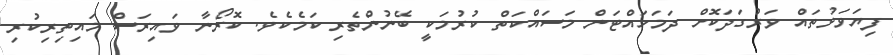
ފިޔަވަޅުތައް ވަރުގަދަކޮށް ދަމަހައްޓަން މަސައްކަތް ކުރުމަކީ ބޭނުންތެރި ކަމެކެވެ. ކޮރޯނާ ވައިރަސް މައިތިރިކުރި